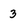
Character: 3